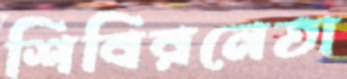
শিবিরনেতা